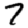
Digit: 7